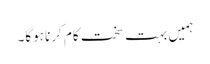
ہمیں بہت سخت کام کرنا ہوگا۔